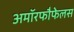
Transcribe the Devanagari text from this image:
अमॉरफौफेलस